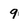
Character: 9